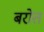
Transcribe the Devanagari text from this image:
बरोत